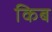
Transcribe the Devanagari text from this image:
किब